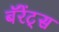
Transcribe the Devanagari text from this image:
बॅरेंट्‌स